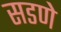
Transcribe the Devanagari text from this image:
सडणे